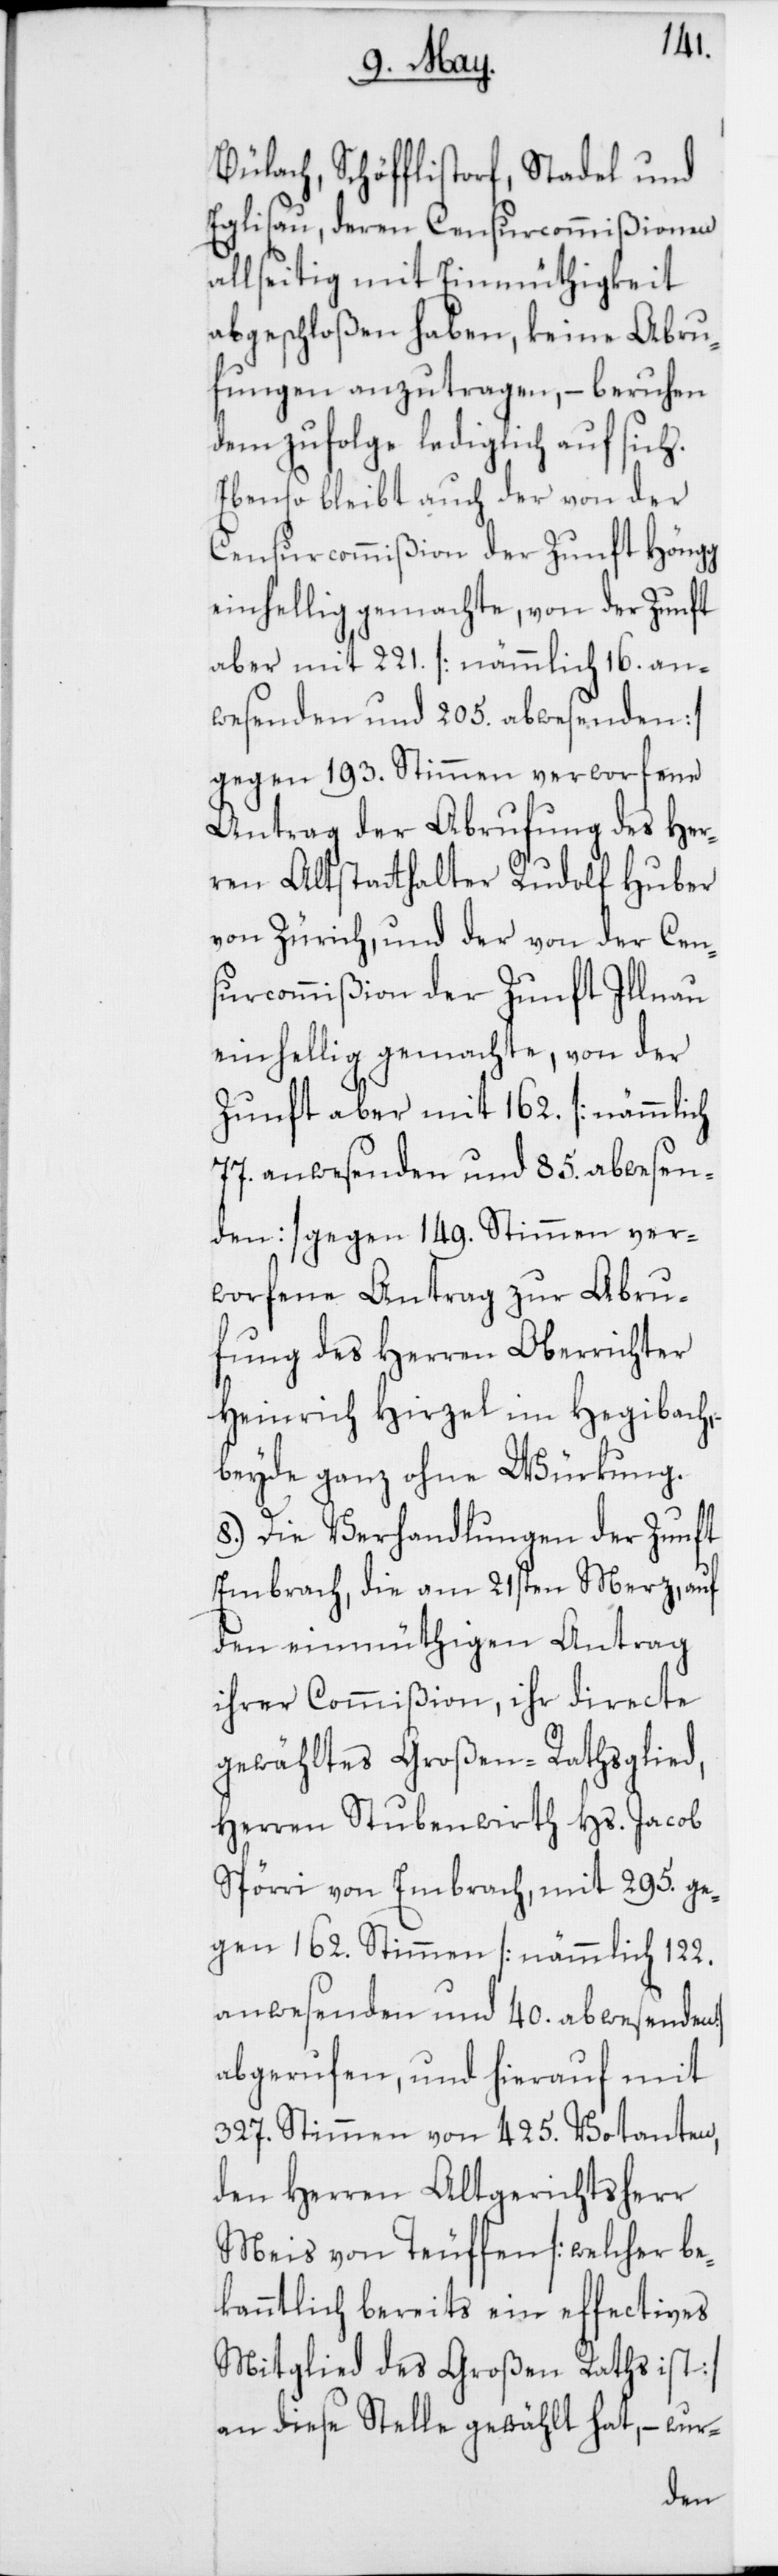
Bülach, Schöfflistorf, Stadel und
Eglisau, deren Censurcommißionen
allseitig mit Einmüthigkeit
abgeschloßen haben, keine Abru¬
fungen anzutragen, – beruhen
demzufolge lediglich auf sich.
Ebenso bleibt auch der von der
Censurcommißion der Zunft Höngg
einhellig gemachte, von der Zunft
aber mit 221. [nämmlich 16. an¬
wesenden und 205. abwesenden]
gegen 193. Stimmen verworfene
Antrag der Abrufung des Her¬
ren Altstatthalter Rudolf Huber
von Zürich, und der von der Cen¬
surcommißion der Zunft Illnau
einhellig gemachte, von der
Zunft aber mit 162. [nämmlich
77. anwesenden und 85. abwesen¬
den] gegen 149. Stimmen ver¬
worfene Antrag zur Abru¬
fung des Herren Oberrichter
Heinrich Hirzel im Hegibach,
beyde ganz ohne Würkung.
8.) Die Verhandlungen der Zunft
Embrach, die am 21sten Merz, auf
den einmüthigen Antrag
ihrer Commißion, ihr directe
gewähltes Großen-Rathsglied,
Herren Stubenwirth Hs. Jacob
Spörri von Embrach, mit 295. ge¬
gen 162. Stimmen [nämmlich 122.
anwesenden und 40. abwesenden]
abgerufen, und hierauf mit
327. Stimmen von 425. Votanten,
den Herren Altgerichtsherr
Meis von Teuffen [welcher be¬
kanntlich bereits ein effectives
Mitglied des Großen Raths ist]
an diese Stelle gewählt hat, – wur-